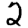
Digit: 2